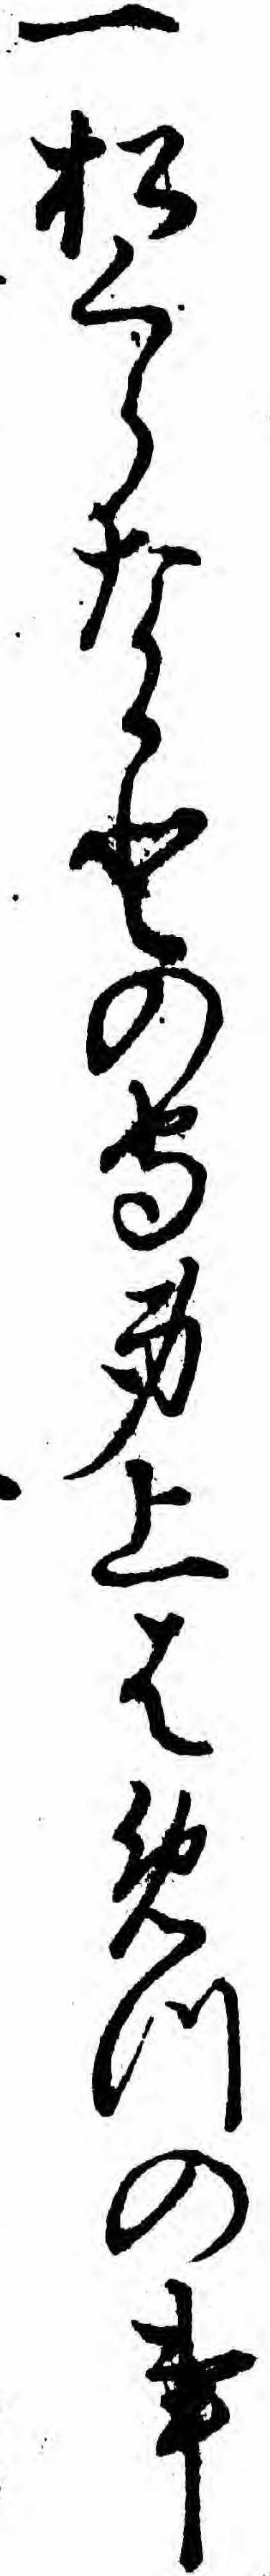
一松くらなかとの守身上はめつの事